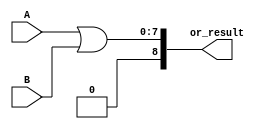
module or_g (input[7:0] A,B,output reg[8:0] or_result);
always @ (*)
 begin
  or_result<=A|B;
end
endmodule